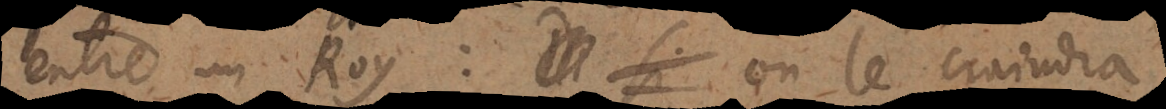
entre un Roy: on le craindra,